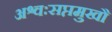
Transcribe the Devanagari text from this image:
अश्वःसप्तमुखौ